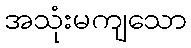
အသုံးမကျသော